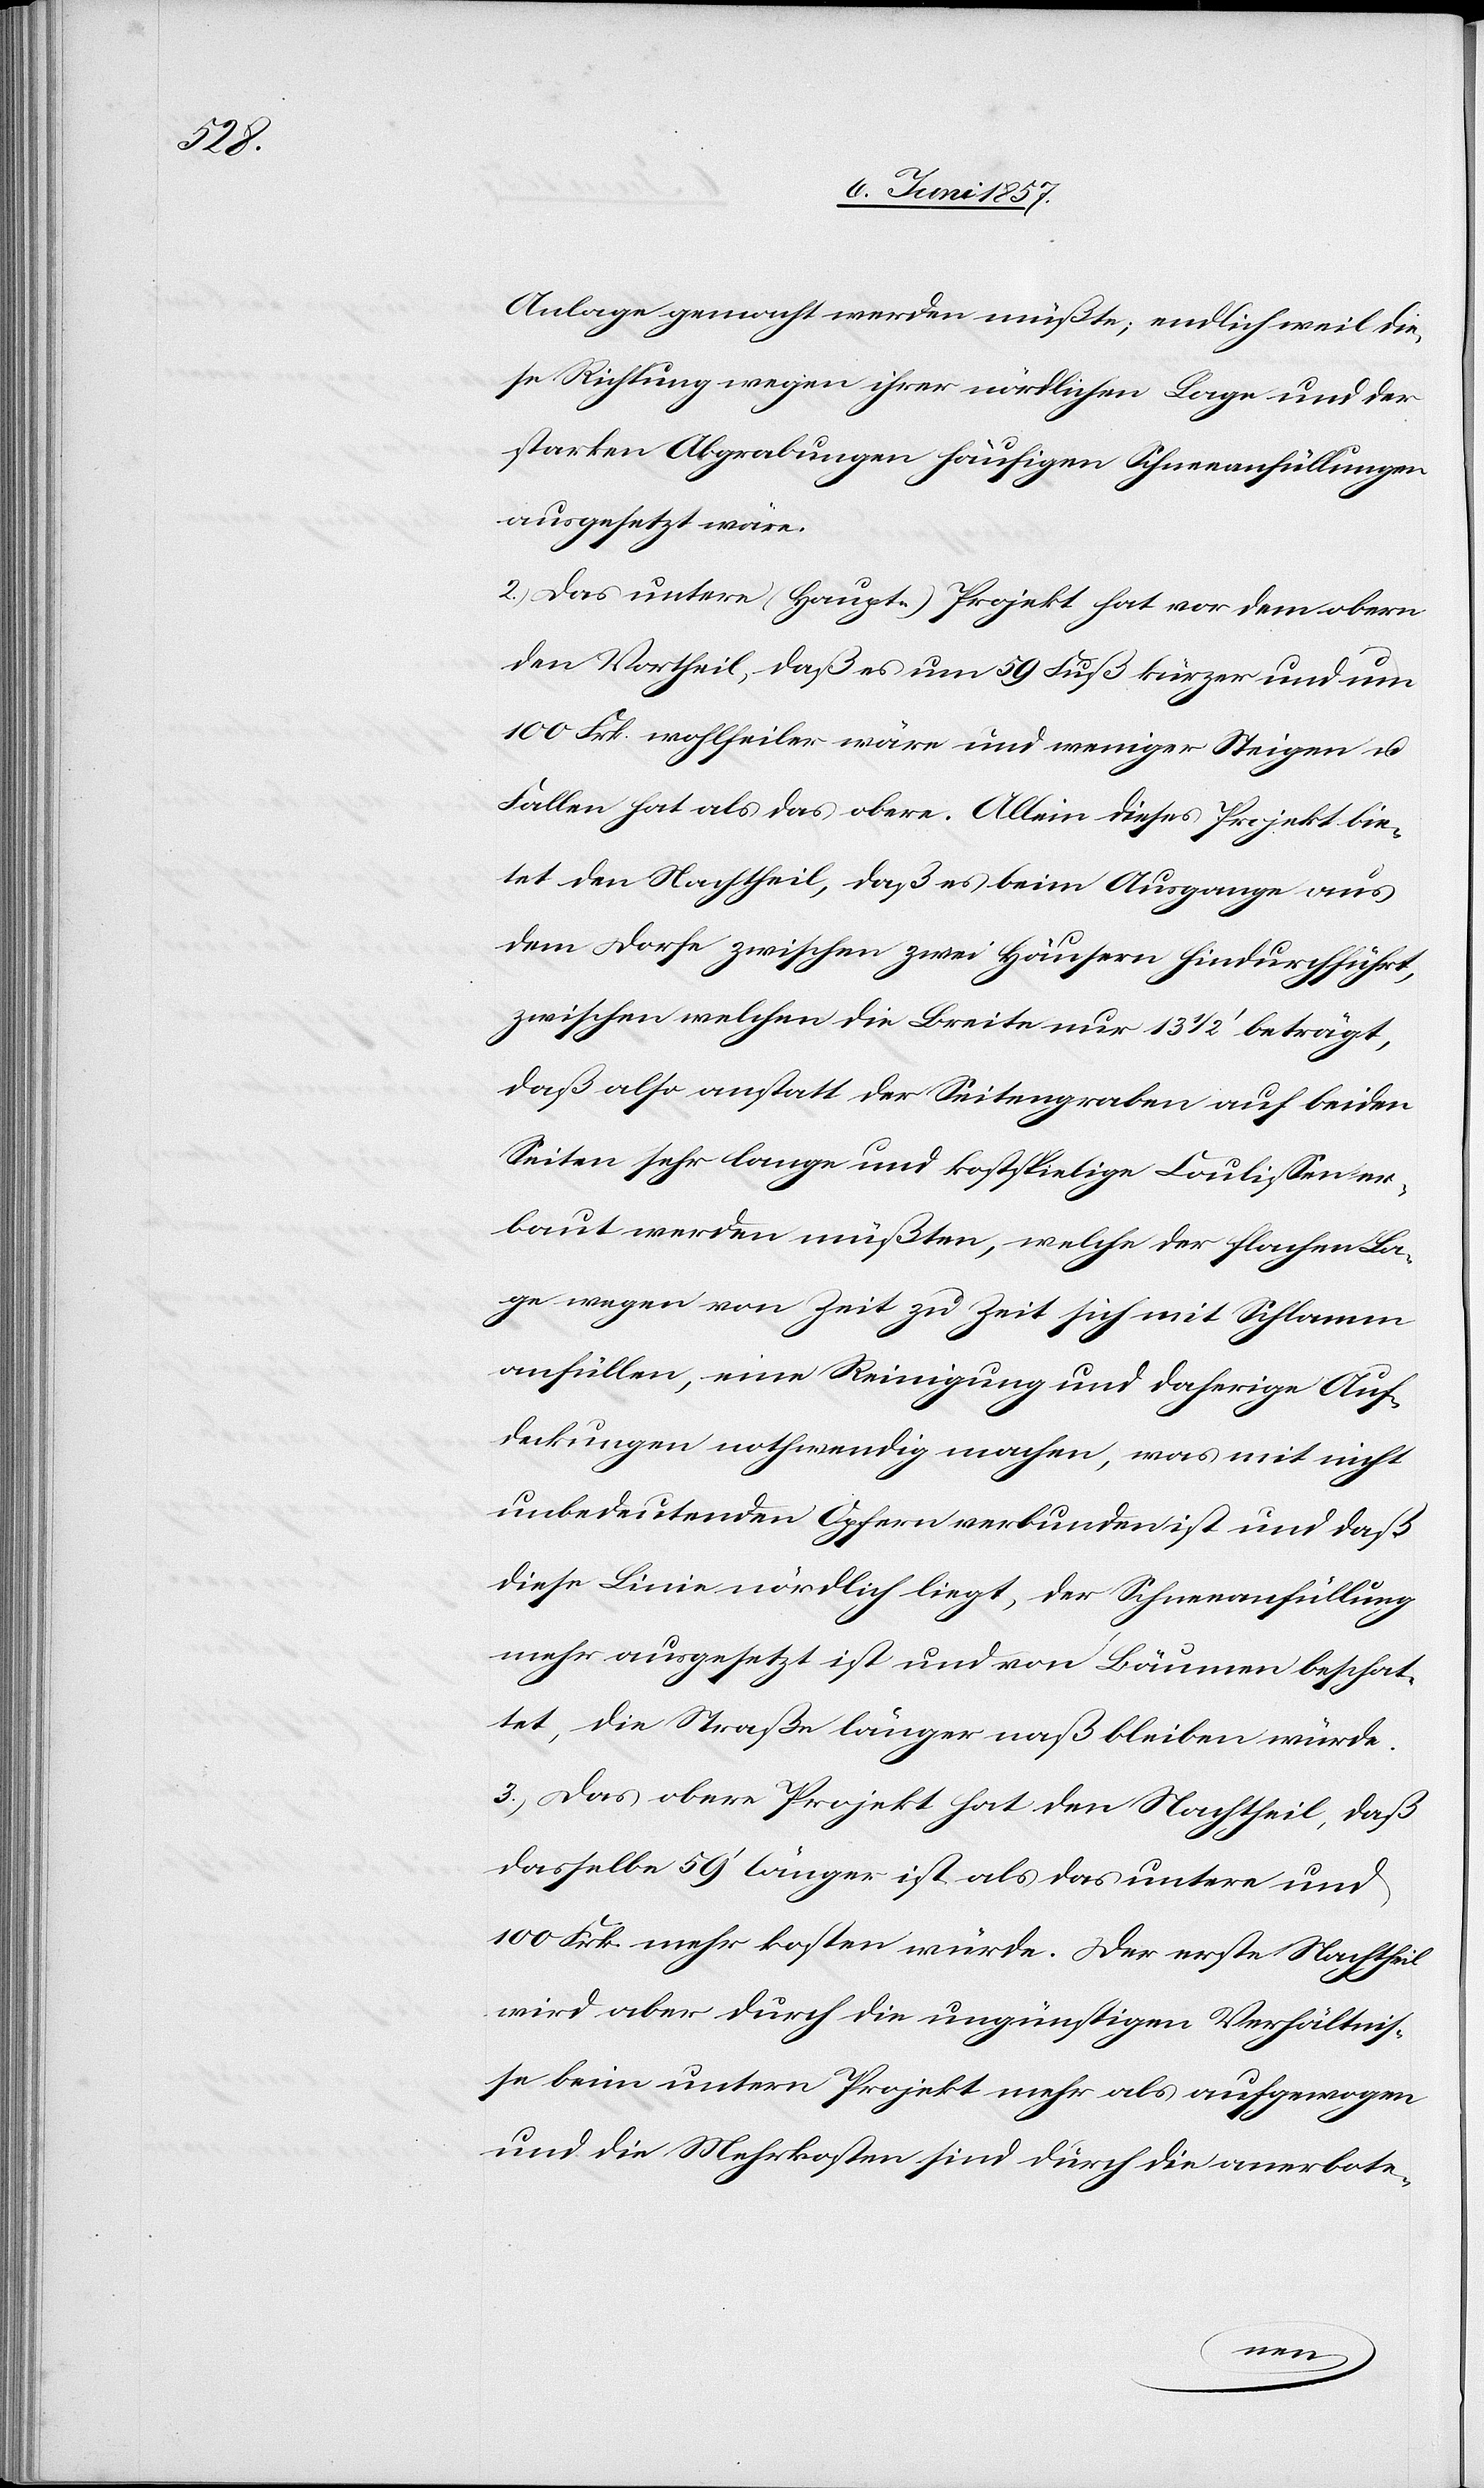
Anlage gemacht werden müßte; endlich weil die¬
se Richtung wegen ihrer nördlichen Lage und der
starken Abgrabungen häufigen Schneeanfüllungen
ausgesetzt wäre.
2.) Das untere (Haupt-) Projekt hat vor dem obern
den Vortheil, daß es um 59 Fuß kürzer und um
100 Frk. wohlfeiler wäre und weniger Steigen &
Fallen hat als das obere. Allein dieses Projekt bie¬
tet den Nachtheil, daß es beim Ausgange aus
dem Dorfe zwischen zwei Häusern hindurchführt,
zwischen welchen die Breite nur 13 1/2’ beträgt,
daß also anstatt der Seitengraben auf beiden
Seiten sehr lange und kostspielige Coulißen er¬
baut werden müßten, welche der flachen La¬
ge wegen von Zeit zu Zeit sich mit Schlamm
anfüllen, eine Reinigung und daherige Auf¬
deckungen nothwendig machen, was mit nicht
unbedeutenden Opfern verbunden ist und daß
diese Linie nördlich liegt, der Schneeanfüllung
mehr ausgesetzt ist und von Bäumen beschat¬
tet, die Straße länger naß bleiben würde.
3.) Das obere Projekt hat den Nachtheil, daß
dasselbe 59’ länger ist als das untere und
100 Frk. mehr kosten würde. Der erste Nachtheil
wird aber durch die ungünstigen Verhältnis¬
se beim untern Projekt mehr als aufgewogen
und die Mehrkosten sind durch die anerbote-